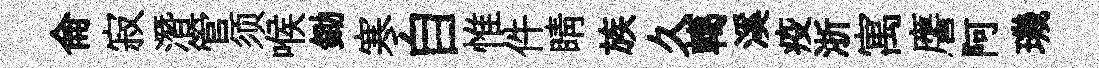
侖寂潛管须喉鋤寒自惟件睛族久轕溪疫浙寓譍阿璣